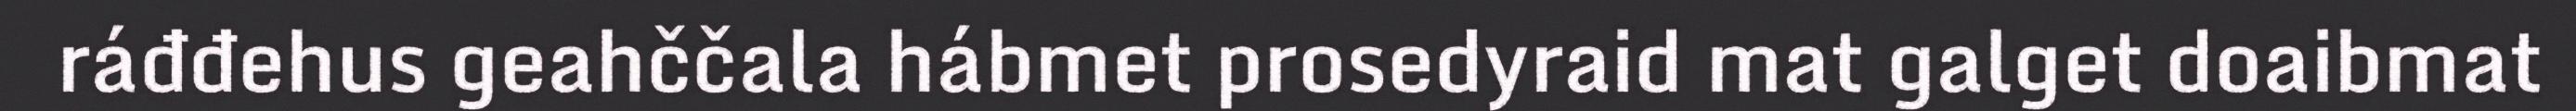
ráđđehus geahččala hábmet prosedyraid mat galget doaibmat